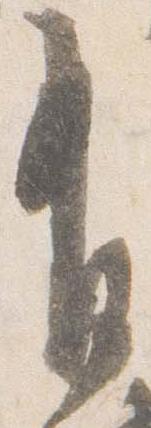
有